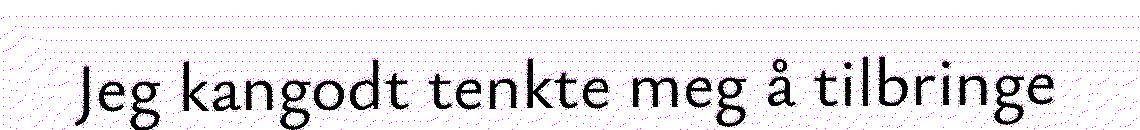
Jeg kangodt tenkte meg å tilbringe